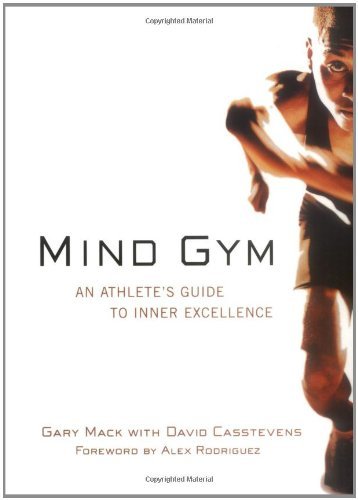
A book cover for Mind Gym : An Athlete's Guide to Inner Excellence by Mack, Gary, Casstevens, David (2002) Paperback; Gary, Casstevens, David Mack; Sports & Outdoors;